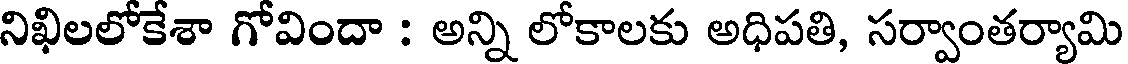
నిఖిలలోకేశా గోవిందా : అన్ని లోకాలకు అధిపతి, సర్వాంతర్యామి